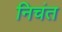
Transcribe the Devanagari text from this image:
निचंत